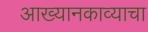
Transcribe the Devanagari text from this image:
आख्यानकाव्याचा